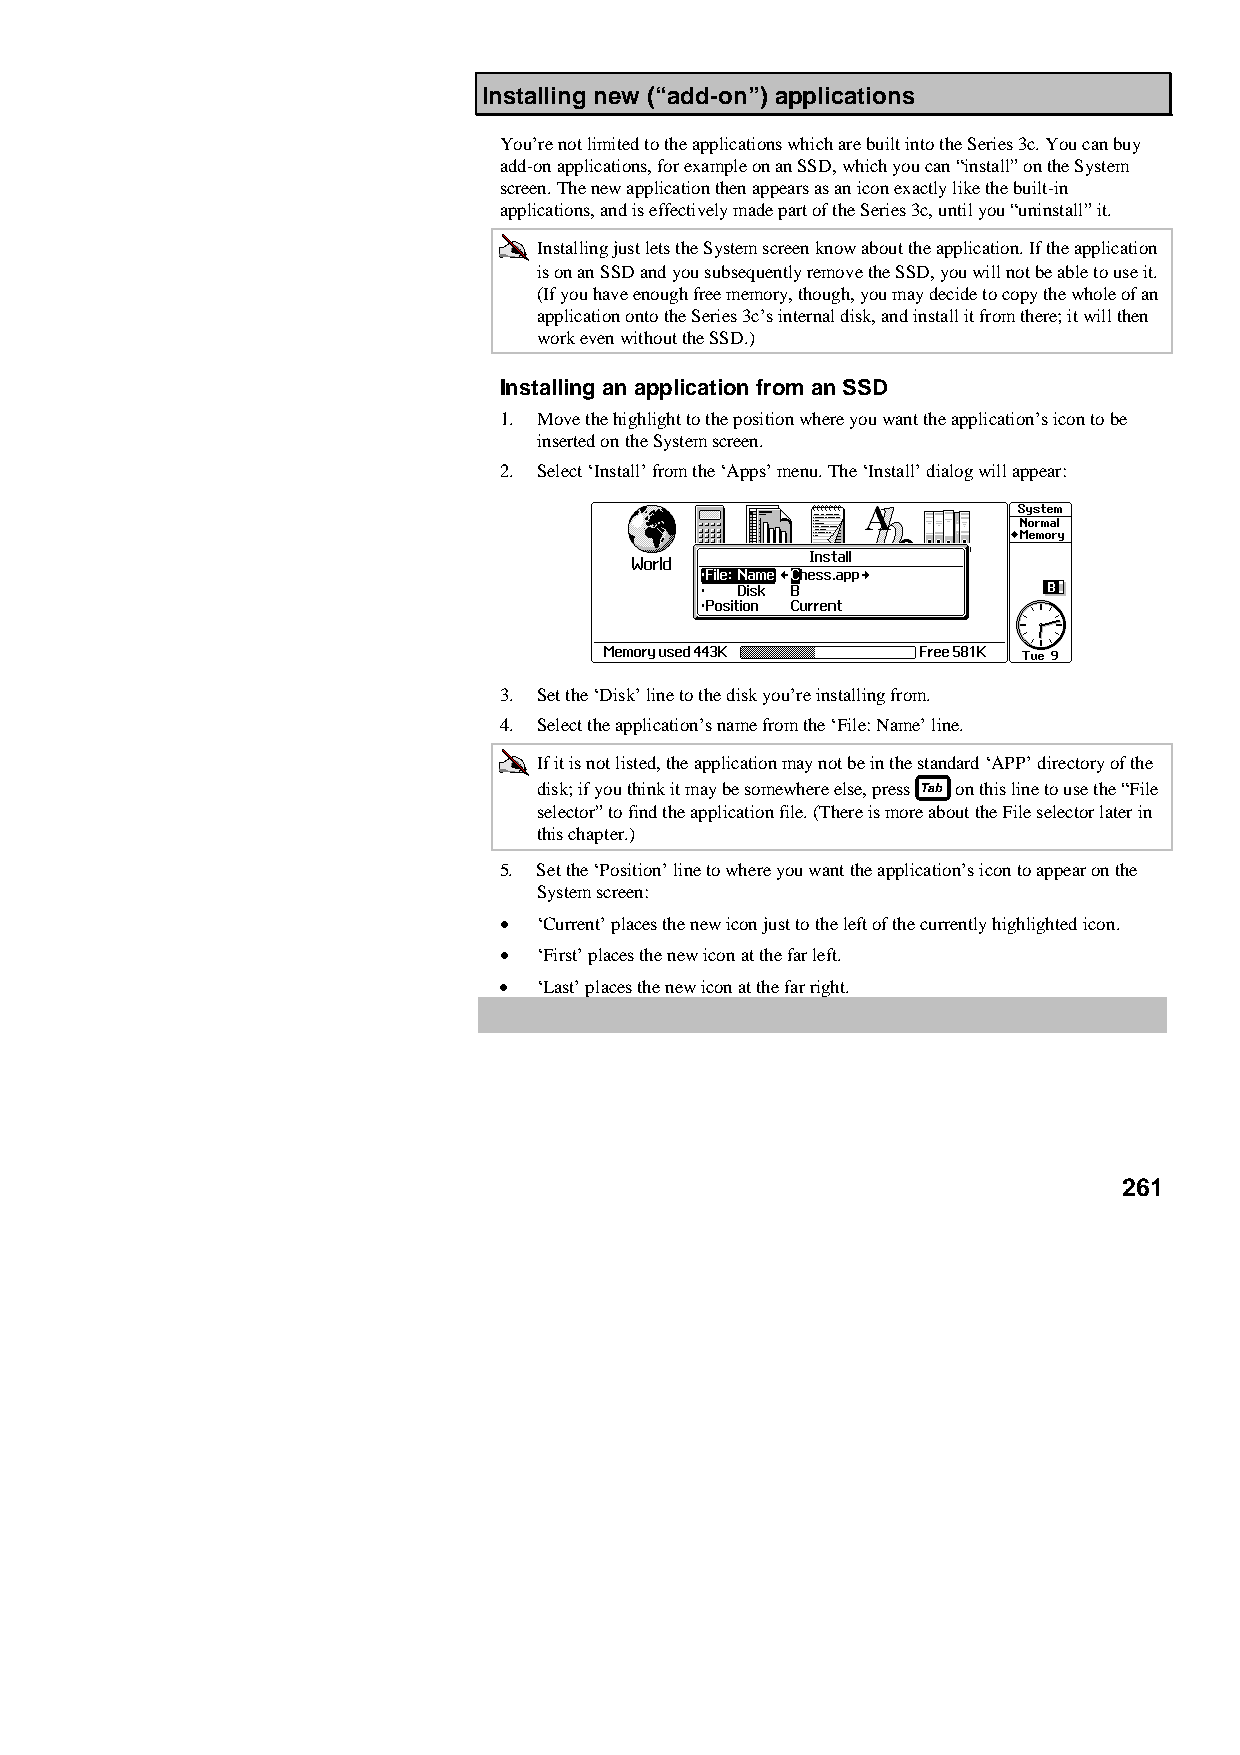
Installing new (“add-on”) applications
 You’re not limited to the applications which are built into the Series 3c. You can buy
 add-on applications, for example on an SSD, which you can “install” on the System
 screen. The new application then appears as an icon exactly like the built-in
 applications, and is effectively made part of the Series 3c, until you “uninstall” it.
 Installing just lets the System screen know about the application. If the application
 is on an SSD and you subsequently remove the SSD, you will not be able to use it.
 (If you have enough free memory, though, you may decide to copy the whole of an
 application onto the Series 3c’s internal disk, and install it from there; it will then
 work even without the SSD.)
 Installing an application from an SSD
 1. Move the highlight to the position where you want the application’s icon to be
 inserted on the System screen.
 2. Select ‘Install’ from the ‘Apps’ menu. The ‘Install’ dialog will appear:
 3. Set the ‘Disk’ line to the disk you’re installing from.
 4. Select the application’s name from the ‘File: Name’ line.
 If it is not listed, the application may not be in the standard ‘APP’ directory of the
 disk; if you think it may be somewhere else, press on this line to use the “File
 selector” to find the application file. (There is more about the File selector later in
 this chapter.)
 5. Set the ‘Position’ line to where you want the application’s icon to appear on the
 System screen:
 •  ‘Current’ places the new icon just to the left of the currently highlighted icon.
 •  ‘First’ places the new icon at the far left.
 •  ‘Last’ places the new icon at the far right.
 261